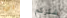
بي شكركم